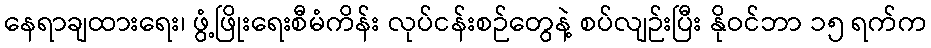
နေရာချထားရေး၊ ဖွံ့ဖြိုးရေးစီမံကိန်း လုပ်ငန်းစဉ်တွေနဲ့ စပ်လျဉ်းပြီး နိုဝင်ဘာ ၁၅ ရက်က